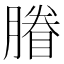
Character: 膡